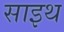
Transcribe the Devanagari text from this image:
साइथ